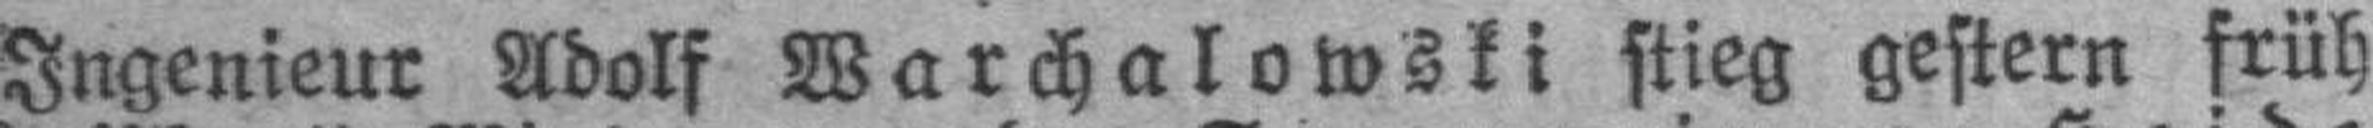
Ingenieur Adolf Warchalowski stieg gestern früh